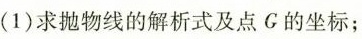
(1)求抛物线的解析式及点G的坐标；